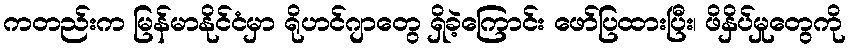
ကတည်းက မြန်မာနိုင်ငံမှာ ရိုဟင်ဂျာတွေ ရှိခဲ့ကြောင်း ဖော်ပြထားပြီး၊ ဖိနှိပ်မှုတွေကို